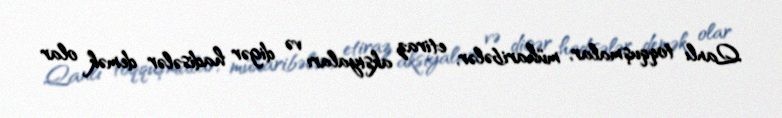
Qanlı toqquşmalar, müharibələr, etiraz aksiyaları və digər hadisələr demək olar